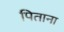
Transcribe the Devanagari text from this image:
पिताना